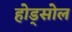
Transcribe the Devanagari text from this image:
होड्सोल